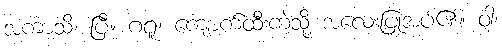
အကာသိ၊ ပြီ။ ဂရူ၊ ကျောက်ထီးကဲ့သို့ အလေးပြုအပ်၏။ ဝါ၊